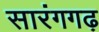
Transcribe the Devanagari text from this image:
सारंगगढ़